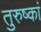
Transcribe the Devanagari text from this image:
तुरुष्कां